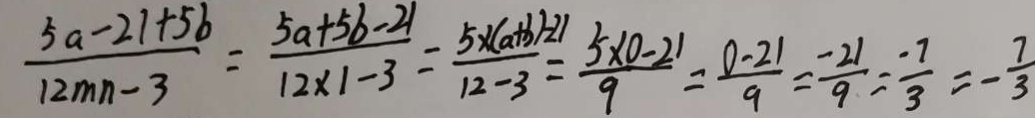
\frac { 5 a - 2 1 + 5 b } { 1 2 m n - 3 } = \frac { 5 a + 5 b - 2 1 } { 1 2 \times 1 - 3 } = \frac { 5 \times ( a + b ) ) - 2 1 } { 1 2 - 3 } = \frac { 5 \times 0 - 2 1 } { 9 } = \frac { 0 . 2 1 } { 9 } = \frac { - 2 1 } { 9 } = \frac { - 7 } { 3 } = - \frac { 7 } { 3 }